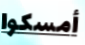
أمسكوا